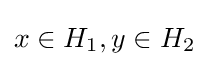
x\in H_{1},y\in H_{2}